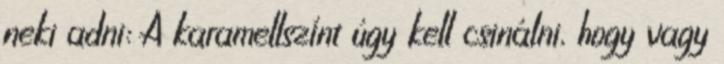
neki adni: A karamellszínt úgy kell csinálni, hogy vagy